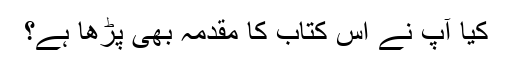
کیا آپ نے اس کتاب کا مقدمہ بھی پڑھا ہے؟